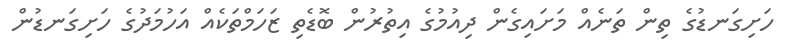
ހަށިގަނޑުގެ ތިން ތަނެއް މަށައިގެން ދިއުމުގެ އިތުރުން ބޮޑެތި ޒަހަމްތަކެއް އަހުމަދުގެ ހަށިގަނޑުން